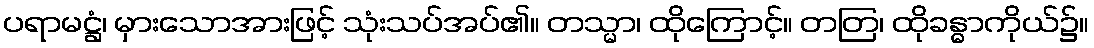
ပရာမဋ္ဌံ၊ မှားသောအားဖြင့် သုံးသပ်အပ်၏။ တသ္မာ၊ ထိုကြောင့်။ တတြ၊ ထိုခန္ဓာကိုယ်၌။